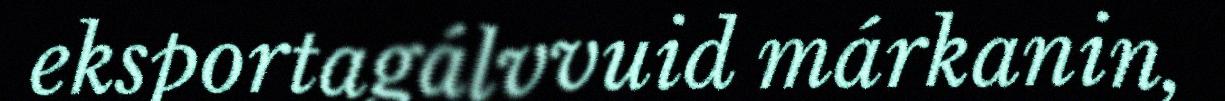
eksportagálvvuid márkanin,